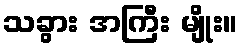
သခွား အကြီး မျိုး။